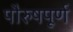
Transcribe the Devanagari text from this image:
पौरुषपूर्ण